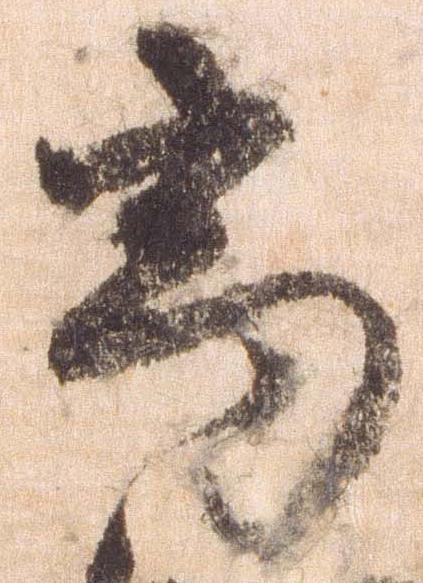
高